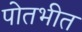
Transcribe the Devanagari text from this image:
पोतभीत